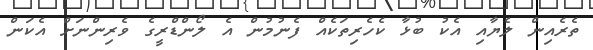
ތެރެއިން ލެޔާއި އެކު ބުޅާ ކެހެރިތަކެއް ފެނުމުން އެ ލޯންޑްރީގެ ވެރިންނަށް އެކަން